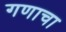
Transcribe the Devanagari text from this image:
गणाचा